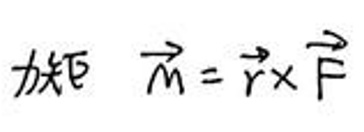
力矩 \(\vec{m} = \vec{r} \times \vec{F}\)